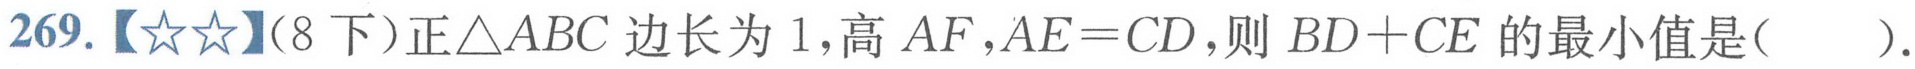
269.【☆☆】（8下）正\(\triangle ABC\)边长为1，高\(AF\)，\(AE = CD\)，则\(BD + CE\)的最小值是(  ).